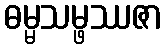
ဓမ္မသမ္ဖဿဇာ